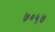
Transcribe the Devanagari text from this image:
७०५७